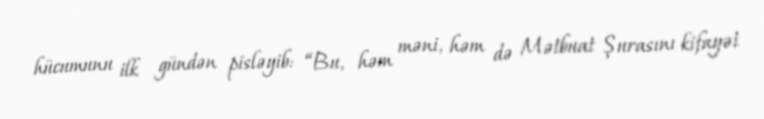
hücumunu ilk gündən pisləyib: “Bu, həm məni, həm də Mətbuat Şurasını kifayət